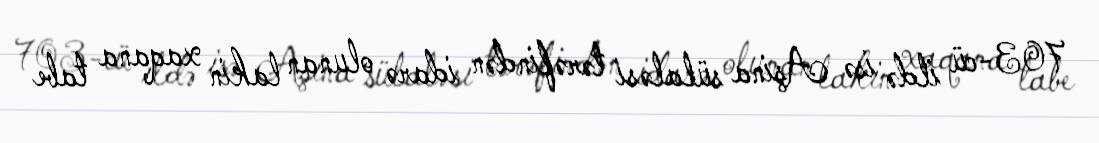
703-cü ildə isə Aşina sülaləsi tərəfindən idarə olunan lakin xaqana tabe